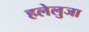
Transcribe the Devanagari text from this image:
हलेलुजा